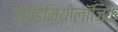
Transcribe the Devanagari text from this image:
एपिडेमियोलॉजिक